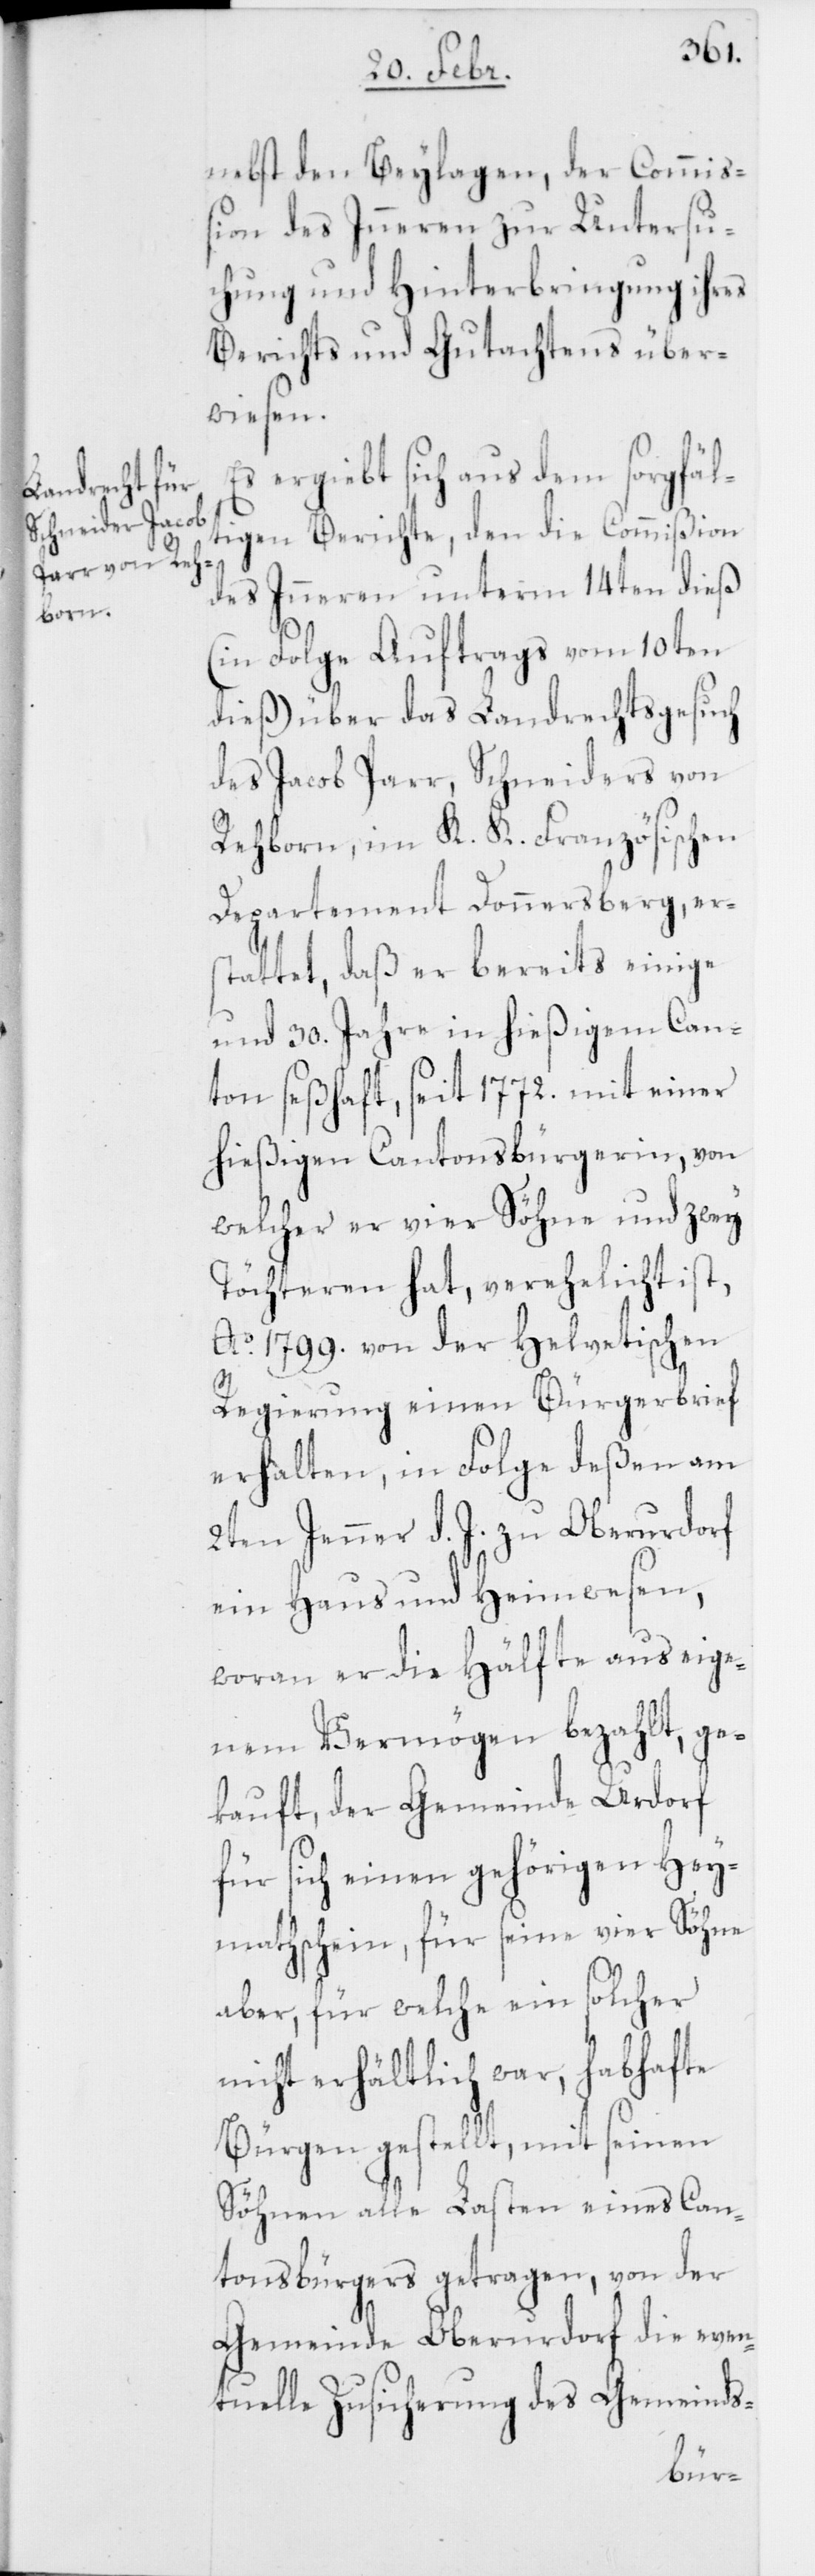
nebst den Beylagen, der Commiß¬
ion des Inneren zur Untersu¬
chung und Hinterbringung ihres
Berichts und Gutachtens über¬
wiesen.
Es ergiebt sich aus dem sorgfäl¬
tigen Berichte, den die Commißion
des Inneren unterm 14ten dieß
(in Folge Auftrags vom 10ten
dieß) über das Landrechtsgesuch
des Jacob Parr, Schneiders von
Rehborn, im K. K. Französischen
Departement Donnersberg, er¬
stattet, daß er bereits einige
und 30. Jahre in hießigem Can¬
ton seßhaft, seit 1772. mit einer
hießigen Cantonsbürgerin, von
welcher er vier Söhne und zwey
Töchteren hat, verehelicht ist,
Ao. 1799. von der Helvetischen
Regierung einen Bürgerbrief
erhalten, in Folge deßen am
2ten Jenner d. J. zu Oberurdorf
ein Haus und Heimwesen,
woran er die Hälfte aus eige¬
nem Vermögen bezahlt, ge¬
kauft, der Gemeinde Urdorf
für sich einen gehörigen Hey¬
mathschein, für seine vier Söhne
aber, für welche ein solcher
nicht erhältlich war, habhafte
Bürgen gestellt, mit seinen
Söhnen alle Lasten eines Can¬
tonsbürgers getragen, von der
Gemeinde Oberurdorf die even¬
tuelle Zusicherung des Gemeinds-